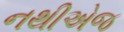
નથીએજ